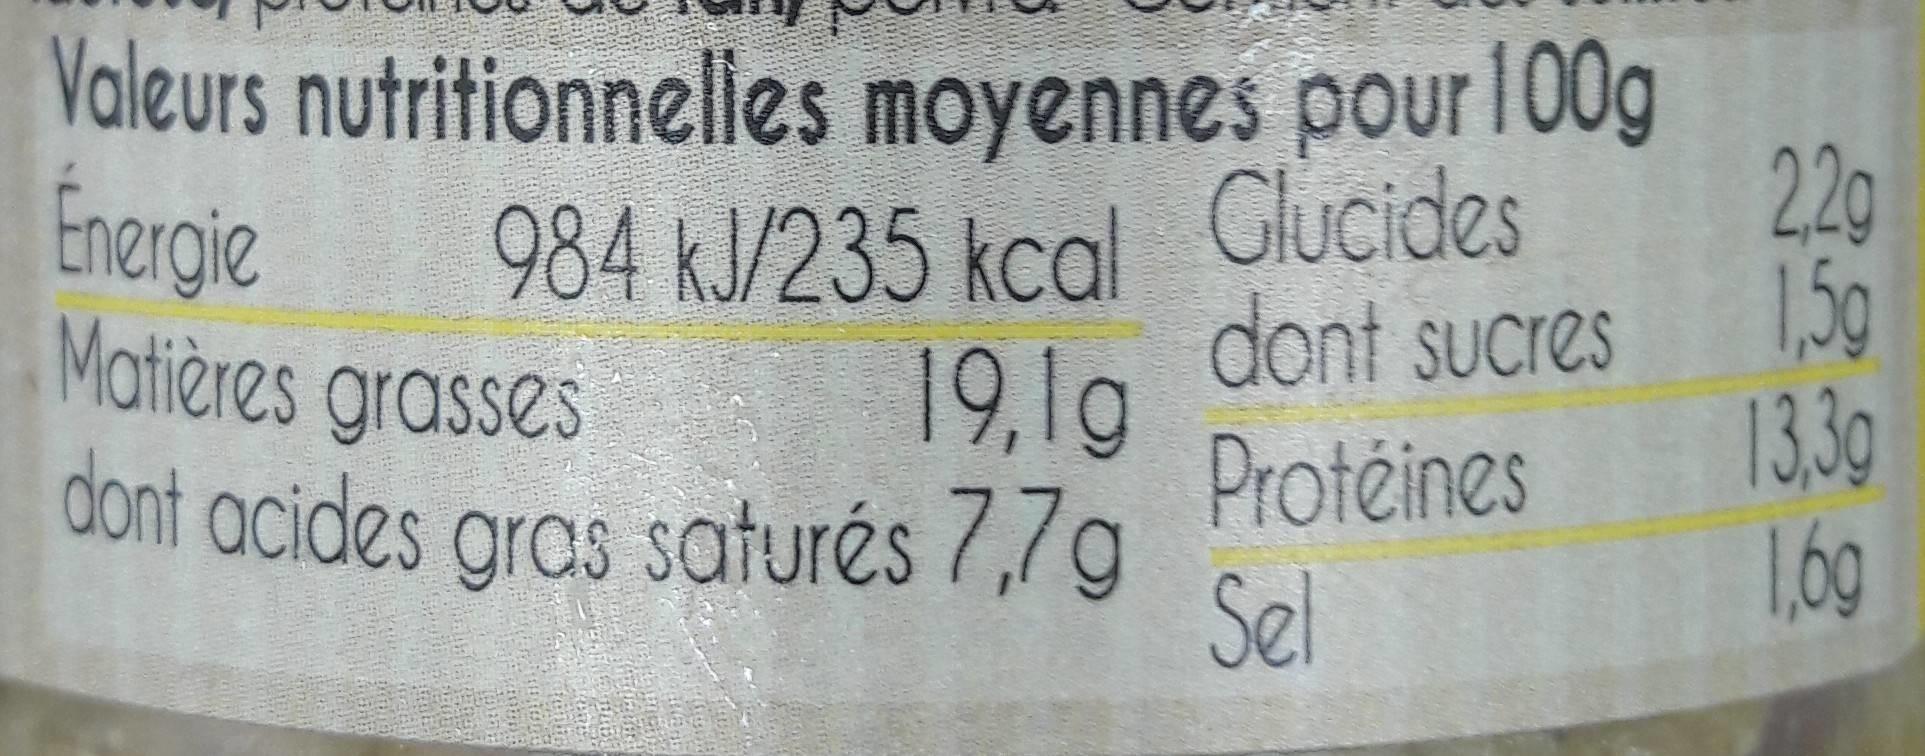
Valeurs nutritionnelles moyennes pour 100g
Énergie
984 kJ/235 kcal
Glucides
Matières grasses
dont sucres
19,1g
dont acides gras saturés 7,7g
Protéines
Sel
2,2g
1,5g
13,3g
1.69